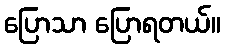
ပြောသာ ပြောရတယ်။